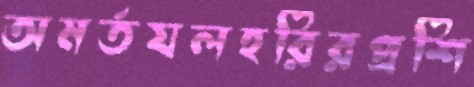
অমর্তযলহরিরপ্রশি